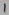
Text: 1